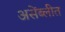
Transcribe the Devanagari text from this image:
असेंब्लीत